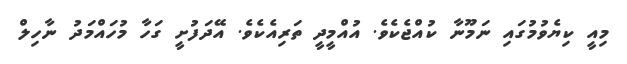
މިއީ ކިޔެވުމުގައި ނަމޫނާ ކުއްޖެކެވެ. އުއްމީދީ ތަރިއެކެވެ. އޭދަފުށީ ގަހާ މުހައްމަދު ނާހިލް